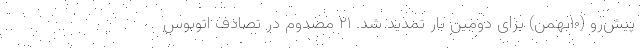
پیش‌رو (۱۰بهمن) برای دومین بار تمدید شد. ٢١ مصدوم در تصادف اتوبوس